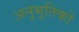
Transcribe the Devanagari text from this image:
अनुभूतिको